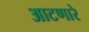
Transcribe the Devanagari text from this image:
आटणारे